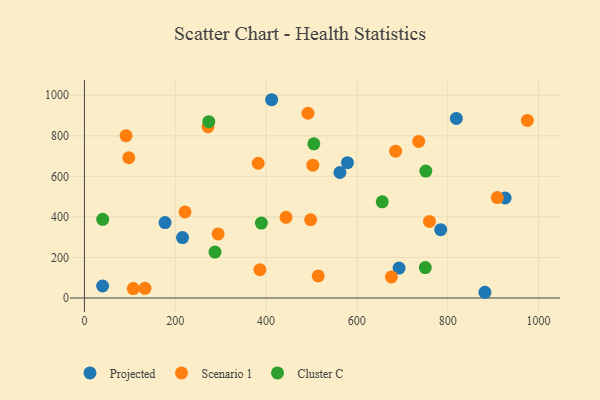
{"axis": {"x": "Experience", "y": "Demand"}, "legend": ["Cluster C", "Projected", "Scenario 1"], "data": [{"x": "693.0", "y": 147.5, "type": "Projected"}, {"x": "579.4", "y": 667.4, "type": "Projected"}, {"x": "882.1", "y": 28.1, "type": "Projected"}, {"x": "216.1", "y": 298.1, "type": "Projected"}, {"x": "562.7", "y": 619.0, "type": "Projected"}, {"x": "412.4", "y": 978.1, "type": "Projected"}, {"x": "177.6", "y": 371.9, "type": "Projected"}, {"x": "926.6", "y": 493.2, "type": "Projected"}, {"x": "819.1", "y": 886.0, "type": "Projected"}, {"x": "40.1", "y": 59.1, "type": "Projected"}, {"x": "784.7", "y": 337.0, "type": "Projected"}, {"x": "498.2", "y": 385.8, "type": "Scenario 1"}, {"x": "97.7", "y": 691.9, "type": "Scenario 1"}, {"x": "736.2", "y": 772.6, "type": "Scenario 1"}, {"x": "382.8", "y": 664.8, "type": "Scenario 1"}, {"x": "444.0", "y": 398.1, "type": "Scenario 1"}, {"x": "107.6", "y": 46.6, "type": "Scenario 1"}, {"x": "685.4", "y": 724.5, "type": "Scenario 1"}, {"x": "760.0", "y": 377.7, "type": "Scenario 1"}, {"x": "909.3", "y": 495.5, "type": "Scenario 1"}, {"x": "503.1", "y": 655.1, "type": "Scenario 1"}, {"x": "272.3", "y": 844.9, "type": "Scenario 1"}, {"x": "294.4", "y": 316.1, "type": "Scenario 1"}, {"x": "91.7", "y": 800.5, "type": "Scenario 1"}, {"x": "386.4", "y": 139.2, "type": "Scenario 1"}, {"x": "221.6", "y": 424.3, "type": "Scenario 1"}, {"x": "975.6", "y": 875.9, "type": "Scenario 1"}, {"x": "133.4", "y": 47.8, "type": "Scenario 1"}, {"x": "492.3", "y": 911.3, "type": "Scenario 1"}, {"x": "514.9", "y": 109.0, "type": "Scenario 1"}, {"x": "676.1", "y": 103.7, "type": "Scenario 1"}, {"x": "40.3", "y": 388.0, "type": "Cluster C"}, {"x": "505.3", "y": 760.3, "type": "Cluster C"}, {"x": "751.9", "y": 626.2, "type": "Cluster C"}, {"x": "750.8", "y": 150.1, "type": "Cluster C"}, {"x": "389.8", "y": 369.5, "type": "Cluster C"}, {"x": "287.6", "y": 226.6, "type": "Cluster C"}, {"x": "273.9", "y": 869.6, "type": "Cluster C"}, {"x": "655.9", "y": 474.5, "type": "Cluster C"}]}